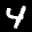
Label: 4